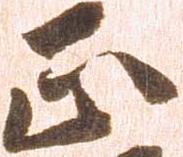
正